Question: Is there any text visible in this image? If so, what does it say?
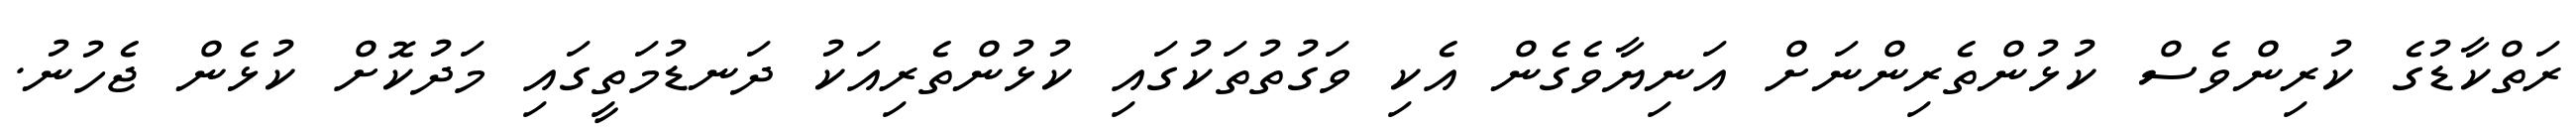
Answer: ރަތްކާޑުގެ ކުރިންވެސް ކުޅުންތެރިންނަށް އަނިޔާވެގެން އެކި ވަގުތުތަކުގައި ކުޅުންތެރިއަކު ދަނޑުމަތީގައި މަދުކޮށް ކުޅެން ޖެހުނު.